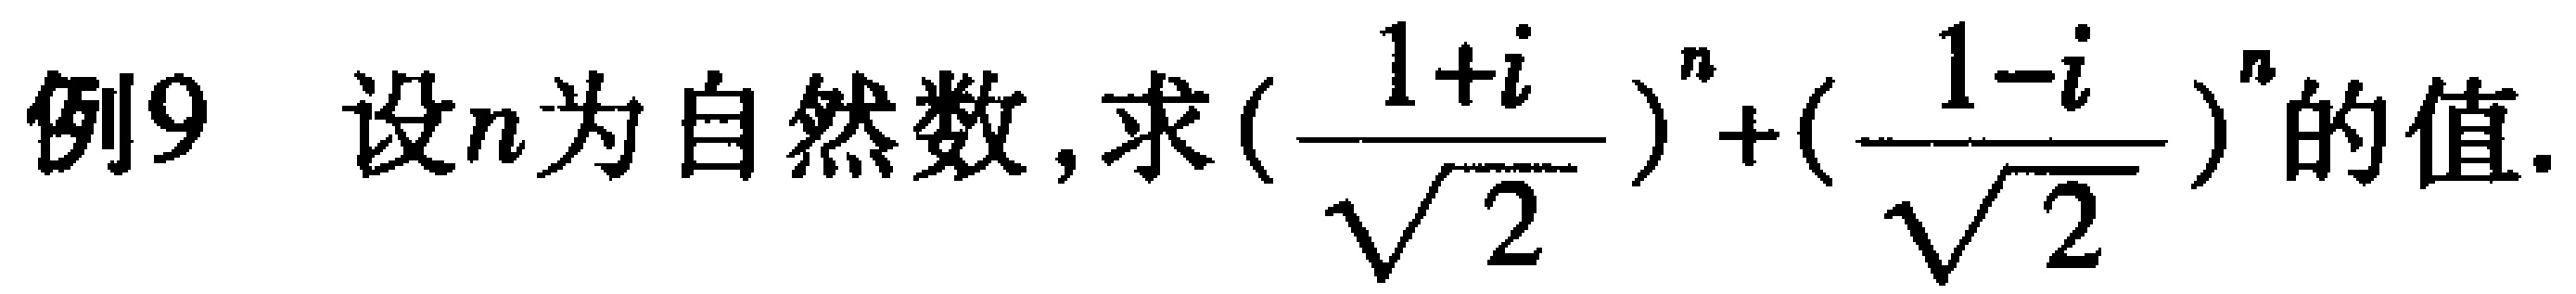
例9 设\(n\)为自然数, 求\((\frac{1 + i}{\sqrt{2}})^n + (\frac{1 - i}{\sqrt{2}})^n\)的值.